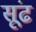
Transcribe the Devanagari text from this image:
सूंढ